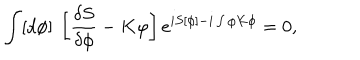
LaTeX: \int [ d \phi ] \ \left[ \frac { \delta S } { \delta \phi } - K \varphi \right] e ^ { i S [ \phi ] - i \int \varphi K \phi } = 0 ,